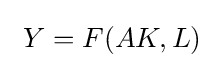
\ Y=F(AK,L)